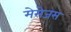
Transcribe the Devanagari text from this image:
मेसेजस